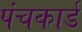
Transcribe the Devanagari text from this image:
पंचकार्ड